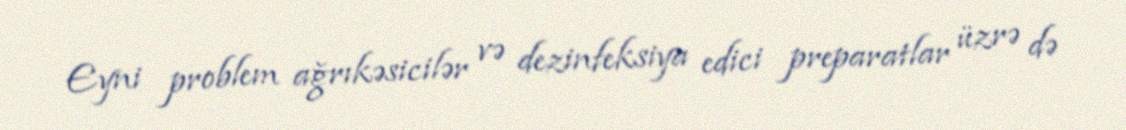
Eyni problem ağrıkəsicilər və dezinfeksiya edici preparatlar üzrə də